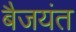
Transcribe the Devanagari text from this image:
बैजयंत